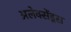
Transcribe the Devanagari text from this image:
अलेक्सेंड्रस